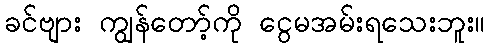
ခင်ဗျား ကျွန်တော့်ကို ငွေမအမ်းရသေးဘူး။